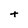
Character: t